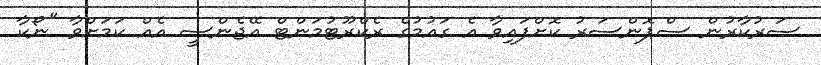
ސަރުކާރުން ސްޕޮންސަރު ކޮށްފައިވާ އެ ގައުމުގެ ރެކްރޫޓުމަންޓް އޭޖެންސީ އެއް ކަމަށްވާ "ނޯކާ